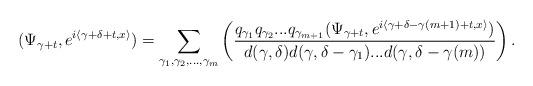
LaTeX: \begin{align*}(\Psi_{\gamma+t},e^{i\left\langle \gamma+\delta+t,x\right\rangle })=\sum_{\gamma_{1},\gamma_{2},...,\gamma_{m}}\left( \frac{q_{\gamma_{1}}q_{\gamma_{2}}...q_{\gamma_{m+1}}(\Psi_{\gamma+t},e^{i\left\langle\gamma+\delta-\gamma(m+1)+t,x\right\rangle })}{d(\gamma,\delta)d(\gamma,\delta-\gamma_{1})...d(\gamma,\delta-\gamma(m))}\right) .\end{align*}